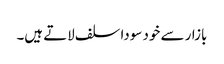
بازار سے خود سودا سلف لاتے ہیں۔